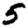
Digit: 5